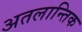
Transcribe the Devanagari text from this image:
अतलान्तिक